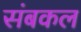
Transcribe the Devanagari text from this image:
संबकल